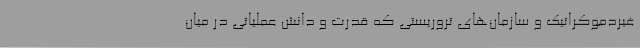
غیردموکراتیک و سازمان‌های تروریستی که قدرت و دانش عملیاتی در میان